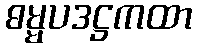
ဓမ္မပဒဋ္ဌကထာ